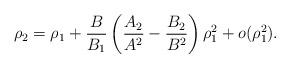
LaTeX: \begin{align*}\rho_2=\rho_1+\frac{B}{B_1}\left(\frac{A_2}{A^{2}}-\frac{B_2}{B^{2}}\right) \rho_1^{2}+o(\rho^{2}_1).\end{align*}